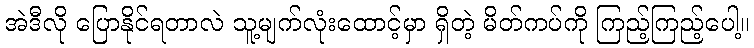
အဲဒီလို ပြောနိုင်ရတာလဲ သူ့မျက်လုံးထောင့်မှာ ရှိတဲ့ မိတ်ကပ်ကို ကြည့်ကြည့်ပေါ့။